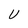
Character: U